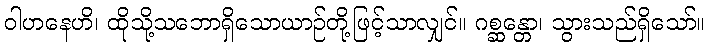
ဝါဟနေဟိ၊ ထိုသို့သဘောရှိသောယာဉ်တို့ဖြင့်သာလျှင်။ ဂစ္ဆန္တော၊ သွားသည်ရှိသော်။